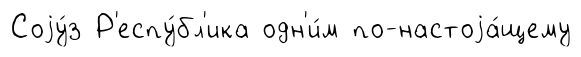
Соjу́з Р'еспу́бл'ика одн'и́м по-настоjа́щему